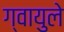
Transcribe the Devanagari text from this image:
ग्वायुले